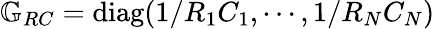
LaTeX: \mathbb{G}_{RC}=\textrm{diag}(1/R_{1}C_{1},\cdots,1/R_{N}C_{N})